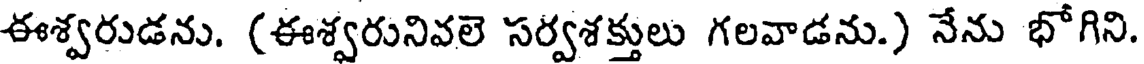
ఈశ్వరుడను. (ఈశ్వరునివలె సర్వశక్తులు గలవాడను.) నేను భోగిని.